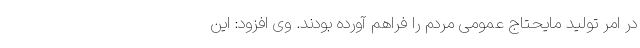
در امر تولید مایحتاج عمومی مردم را فراهم آورده بودند. وی افزود: این